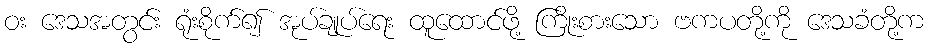
ဝး ဒေသအတွင်း ရုံးစိုက်၍ အုပ်ချုပ်ရေး ထူထောင်ဖို့ ကြိုးစားသော ဗကပတို့ကို ဒေသခံတို့က